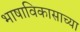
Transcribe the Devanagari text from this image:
भाषाविकासाच्या